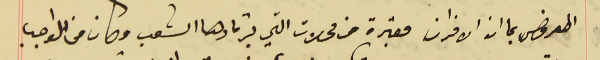
المعروض بما ان الافران معتبرة من محلات التي يرتادها الشعب وكان من الواجب